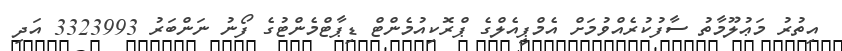
އިތުރު މަޢުލޫމާތު ސާފުކުރެއްވުމަށް އެމްޕީއެލްގެ ޕްރޮކިއުމެންޓް ޑިޕާޓްމެންޓުގެ ފޯނު ނަންބަރު 3323993 އަދި